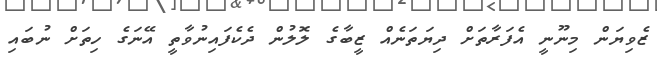
ޒެވިޔަން މިނޫނީ އެފަރާތަށް ދިޔަތަނެއް ޒީބާގެ ލޮލުން ދެކެފައިނުވާތީ އޭނަގެ ހިތަށް ނުބައި